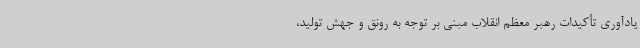
یادآوری تأکیدات رهبر معظم انقلاب مبنی بر توجه به رونق و جهش تولید،